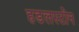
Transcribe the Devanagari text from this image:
हडलस्टोन